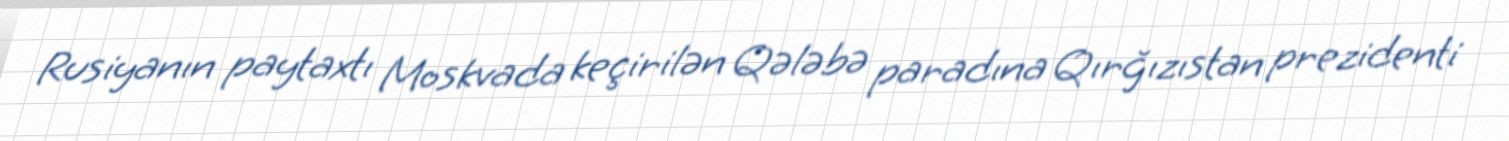
Rusiyanın paytaxtı Moskvada keçirilən Qələbə paradına Qırğızıstan prezidenti